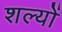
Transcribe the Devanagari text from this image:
शल्यों